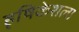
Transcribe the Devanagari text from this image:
हृषिकेशला